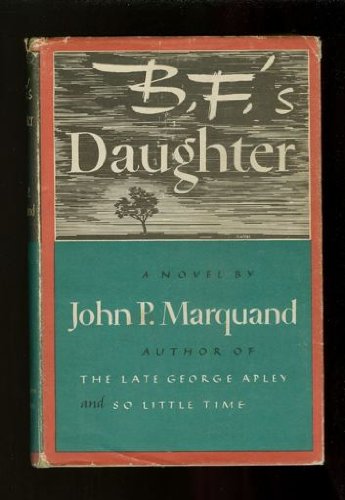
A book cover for B. F.'s Daughter; John P. Marquand; Science & Math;